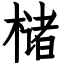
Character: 槠